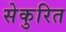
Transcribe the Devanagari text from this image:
सेकुरित